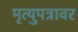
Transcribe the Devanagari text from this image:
मृत्युपत्रावर